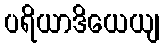
ပရိယာဒိယေယျ